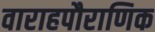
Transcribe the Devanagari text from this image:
वाराहपौराणिक